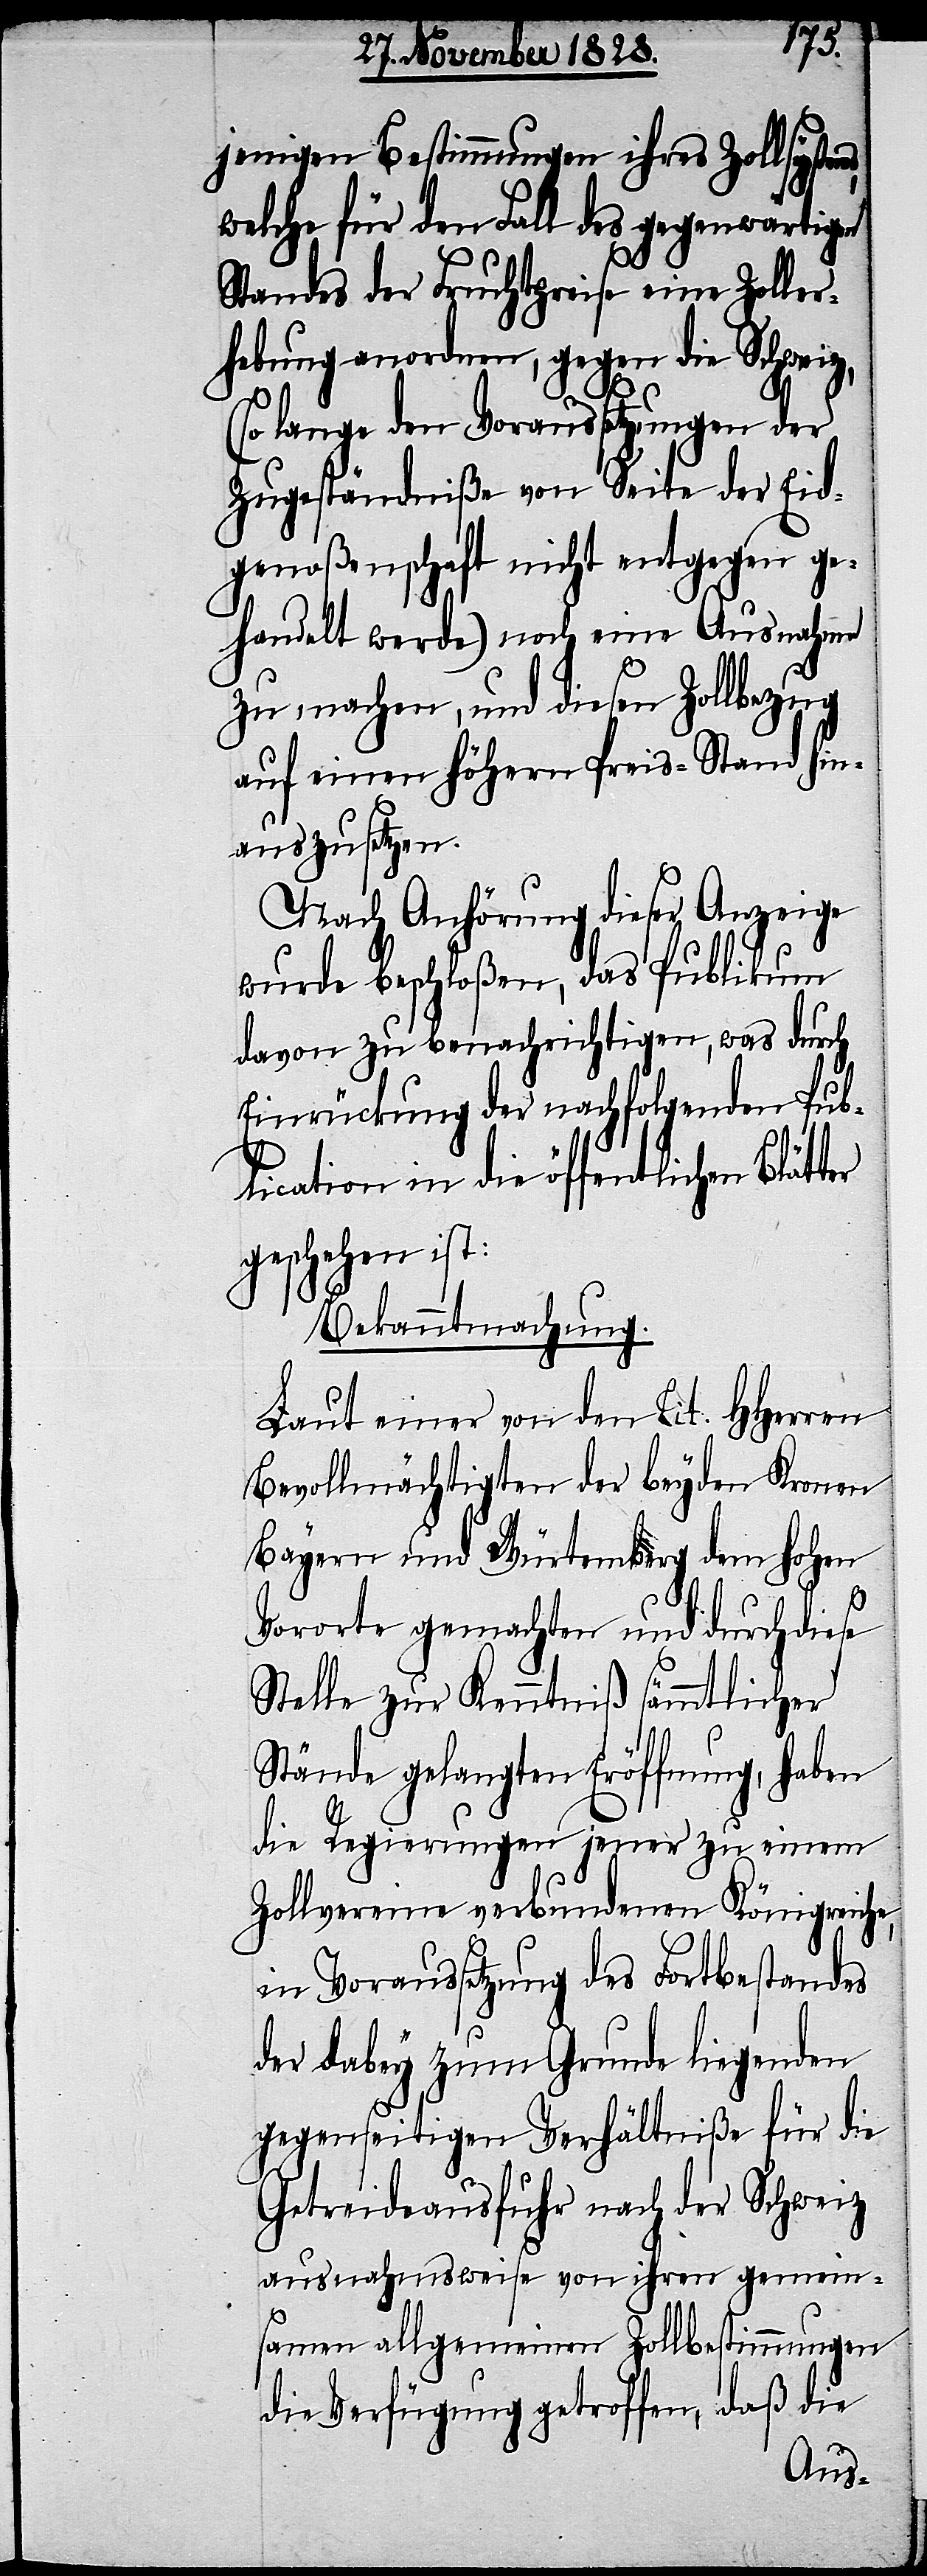
jenigen Bestimmungen ihres Zollsystems,
welche für den Fall des gegenwärtigen
Standes der Fruchtpreise eine Zoller¬
hebung anordnen, gegen die Schweiz,
lange den Voraussetzungen der
Zugeständniße von Seite der Eid¬
genoßenschaft nicht entgegen ge¬
handelt werde) noch eine Ausnahme
zu, machen, und diesen Zollbezug
auf einen höhern Preis-Stand hin¬
auszusetzen.
Nach Anhörung dieser Anzeige
wurde beschloßen, das Publikum
davon zu benachrichtigen, was durch
Einrückung der nachfolgenden Pub¬
lication in die öffentlichen
geschehen ist:
Bekanntmachung.
Laut einer von den Tit. HHerren
Bevollmächtigten der beyden Kronen
Bayern und Würtemberg dem hohen
Vororte gemachten und durch diese
Stelle zur Kenntniß sämmtlicher
Stände gelangten Eröffnung, haben
die Regierungen jener zu einem
Zollvereine verbundenen Königreiche,
in Voraussetzung des Fortbestandes
der dabey zum Grunde liegenden
gegenseitigen Verhältniße für die
Getreideausfuhr nach der Schweiz
ausnahmsweise von ihren gemein¬
samen allgemeinen Zollbestimmungen
die Verfügung getroffen, daß die